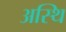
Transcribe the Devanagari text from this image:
अस्‍थि